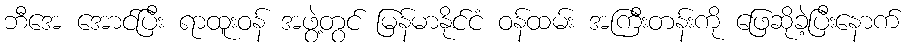
ဘီအေ အောင်ပြီး ရာထူးဝန် အဖွဲ့တွင် မြန်မာနိုင်ငံ ဝန်ထမ်း အကြီးတန်းကို ဖြေဆိုခဲ့ပြီးနောက်